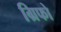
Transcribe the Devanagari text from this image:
ग्रिफो